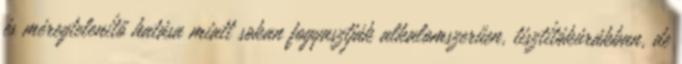
és méregtelenítő hatása miatt sokan fogyasztják alkalomszerűen, tisztítókúrákban, de